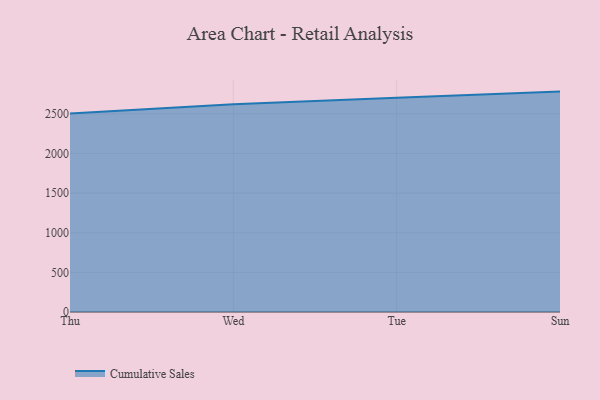
{"axis": {"x": "Day", "y": "Backlog"}, "legend": ["Cumulative Sales"], "data": [{"x": "Thu", "y": 2506.3, "type": "Cumulative Sales"}, {"x": "Wed", "y": 2620.2, "type": "Cumulative Sales"}, {"x": "Tue", "y": 2704.2, "type": "Cumulative Sales"}, {"x": "Sun", "y": 2781.2, "type": "Cumulative Sales"}]}